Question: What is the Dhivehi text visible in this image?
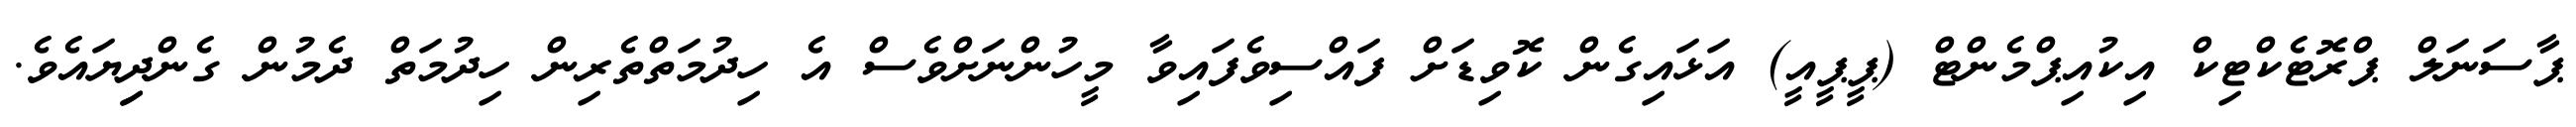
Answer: ޕާސަނަލް ޕްރޮޓެކްޓިކް އިކުއިޕްމެންޓް (ޕީޕީއީ) އަޅައިގެން ކޮވިޑަށް ފައްސިވެފައިވާ މީހުންނަށްވެސް އެ ހިދުމަތްތެރިން ހިދުމަތް ދެމުން ގެންދިިޔައެވެ.